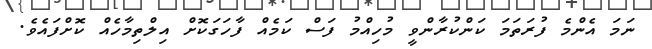
ނަމަ އެންމެ ފުރަތަމަ ކަންކުރާންވީ މުހިއްމު ފަސް ކަމެއް ފާހަގަކޮށް އިލްތިމާހެއް ކޮށްފައެވެ.